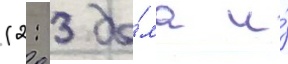
(2: 3 до́ма и́